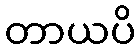
တာယပိ